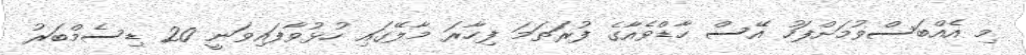
މި އެއްބަސްވުމަށްފަހު އޭސް ހާޑްވެއާގެ ފުރަތަމަ ފިހާރަ މާލޭގައި ހުޅުވާފައިވަނީ 20 ޑިސެމްބަރު